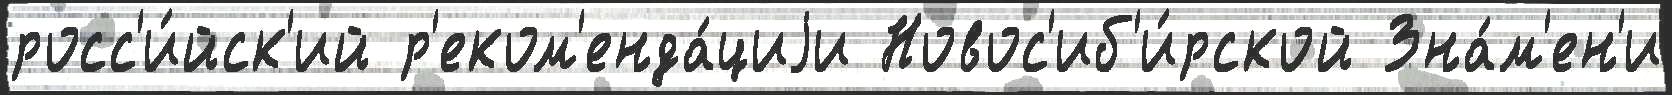
росс'и́йск'ий р'еком'енда́циjи Новос'иб'и́рской Зна́м'ен'и